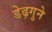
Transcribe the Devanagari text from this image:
डेढ़गुने